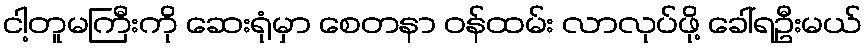
ငါ့တူမကြီးကို ဆေးရုံမှာ စေတနာ ဝန်ထမ်း လာလုပ်ဖို့ ခေါ်ရဦးမယ်